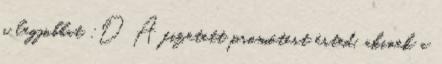
a legjobbat :D A fizetett promótert érted, akinek a